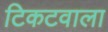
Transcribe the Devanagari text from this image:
टिकटवाला